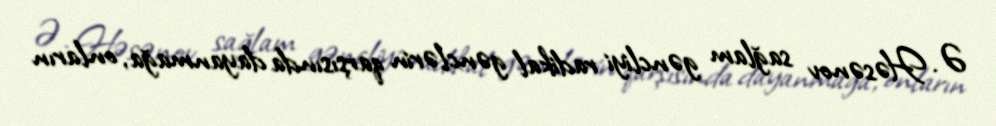
Ə. Həsənov sağlam gəncliyi radikal gənclərin qarşısında dayanmağa, onların